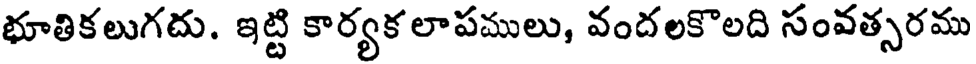
భూతికలుగదు. ఇట్టి కార్యక లాపములు, వందలకొలది సంవత్సరము